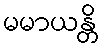
မမာယန္တိ